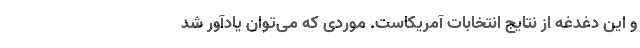
و این دغدغه از نتایج انتخابات آمریکاست. موردی که می‌توان یادآور شد